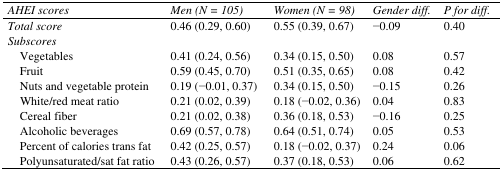
| AHEI scores | Men (N = 105) | Women (N = 98) | Gender diff. | P for diff. |
 | --- | --- | --- | --- | --- |
 | Total score | 0.46 (0.29, 0.60) | 0.55 (0.39, 0.67) | −0.09 | 0.40 |
 | Subscores |  |  |  |  |
 | Vegetables | 0.41 (0.24, 0.56) | 0.34 (0.15, 0.50) | 0.08 | 0.57 |
 | Fruit | 0.59 (0.45, 0.70) | 0.51 (0.35, 0.65) | 0.08 | 0.42 |
 | Nuts and vegetable protein | 0.19 (−0.01, 0.37) | 0.34 (0.15, 0.50) | −0.15 | 0.26 |
 | White/red meat ratio | 0.21 (0.02, 0.39) | 0.18 (−0.02, 0.36) | 0.04 | 0.83 |
 | Cereal fiber | 0.21 (0.02, 0.38) | 0.36 (0.18, 0.53) | −0.16 | 0.25 |
 | Alcoholic beverages | 0.69 (0.57, 0.78) | 0.64 (0.51, 0.74) | 0.05 | 0.53 |
 | Percent of calories trans fat | 0.42 (0.25, 0.57) | 0.18 (−0.02, 0.37) | 0.24 | 0.06 |
 | Polyunsaturated/sat fat ratio | 0.43 (0.26, 0.57) | 0.37 (0.18, 0.53) | 0.06 | 0.62 |